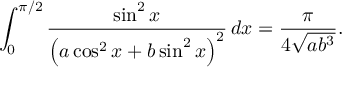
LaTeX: \int _ { 0 } ^ { \pi / 2 } { \frac { \sin ^ { 2 } x } { \left( a \cos ^ { 2 } x + b \sin ^ { 2 } x \right) ^ { 2 } } } \, d x = { \frac { \pi } { 4 { \sqrt { a b ^ { 3 } } } } } .